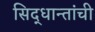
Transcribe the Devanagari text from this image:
सिद्धान्तांची